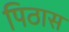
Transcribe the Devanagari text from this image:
पिठास